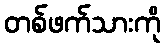
တစ်ဖက်သားကို